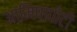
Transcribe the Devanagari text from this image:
आमिषापोटी